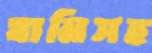
যানিসহ